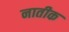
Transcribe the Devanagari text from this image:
नातीक